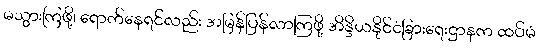
မသွားကြဖို့၊ ရောက်နေရင်လည်း အမြန်ပြန်လာကြဖို့ အိန္ဒိယနိုင်ငံခြားရေးဌာနက ထပ်မံ